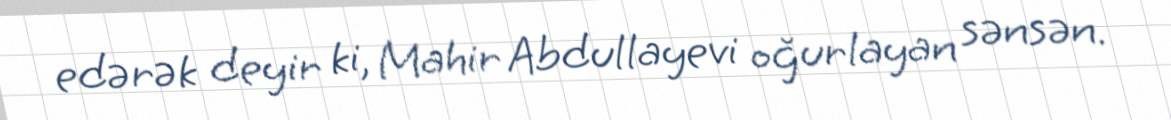
edərək deyir ki, Mahir Abdullayevi oğurlayan sənsən.